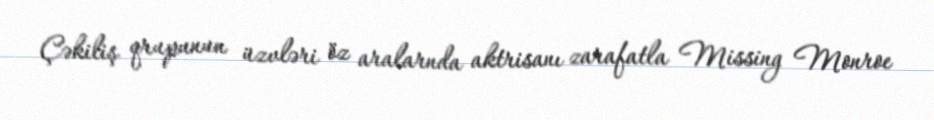
Çəkiliş qrupunun üzvləri öz aralarnda aktrisanı zarafatla Missing Monroe